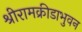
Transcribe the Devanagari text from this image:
श्रीरामक्रीडाभुवन